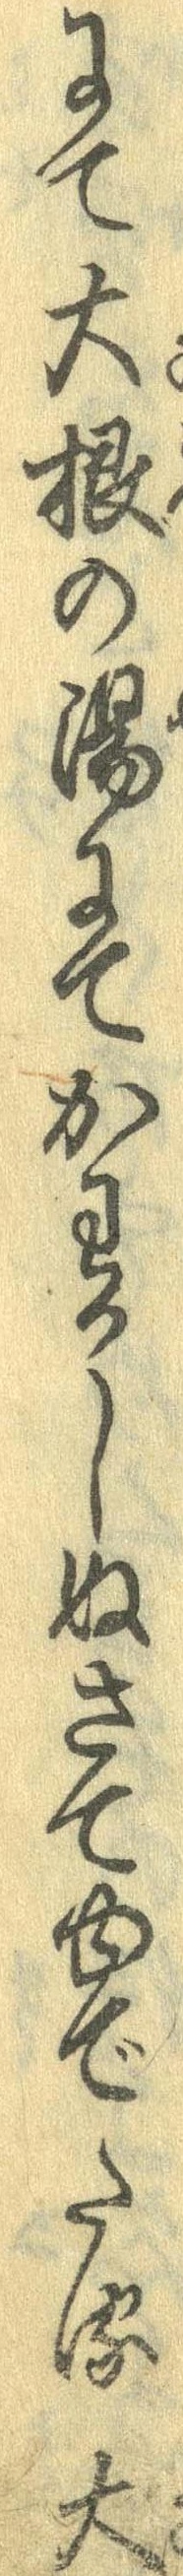
にて大根の湯にてかわかしぬさてゆでたる大